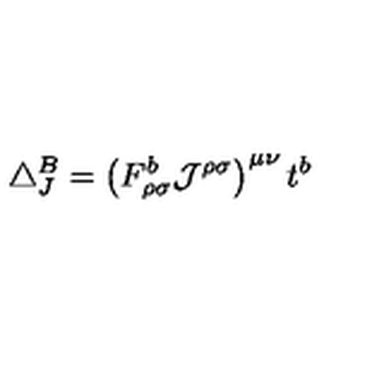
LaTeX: \triangle _ { J } ^ { B } = \left( F _ { \rho \sigma } ^ { b } { \cal { J } } ^ { \rho \sigma } \right) ^ { \mu \nu } t ^ { b }